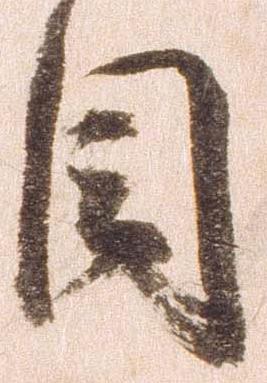
目